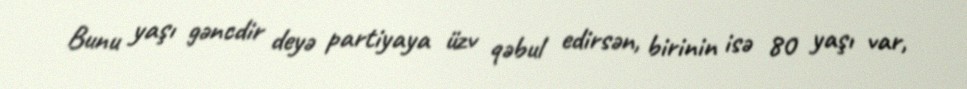
Bunu yaşı gəncdir deyə partiyaya üzv qəbul edirsən, birinin isə 80 yaşı var,